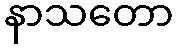
နာသတော